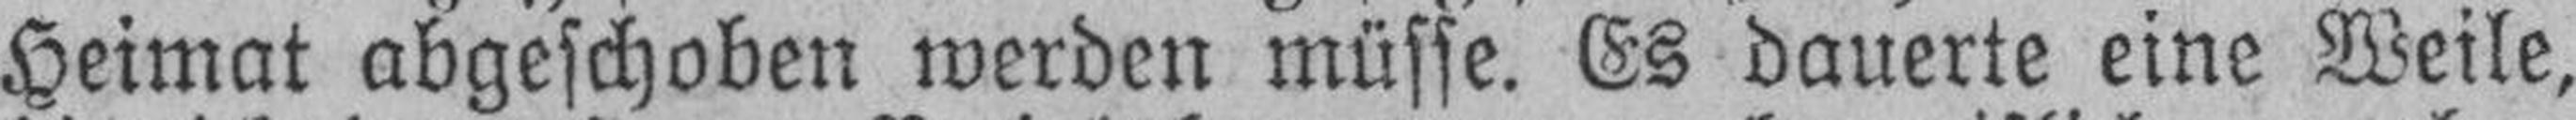
Heimat abgeschoben werden müsse. Es dauerte eine Weile,